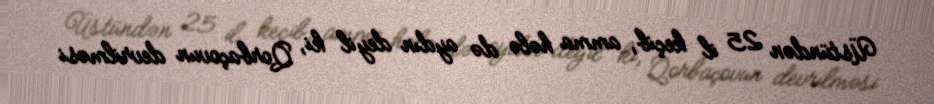
Üstündən 25 il keçib, amma hələ də aydın deyil ki, Qorbaçovun devrilməsi